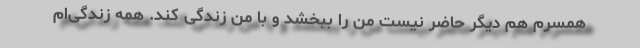
همسرم هم دیگر حاضر نیست من را ببخشد و با من زندگی کند. همه زندگی‌ام